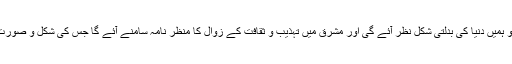
اگر اختصار كے ساتھ عہدِ اقبال پر ایك نظر ڈالیں تو ہمیں دنیا كی بدلتی شكل نظر آئے گی اور مشرق میں تہذیب و ثقافت كے زوال كا منظر نامہ سامنے آئے گا جس كی شكل و صورت انیسویں صدی كے آغاز سے ہی بننے لگی تھی ۔